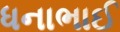
ધનાભાઈ